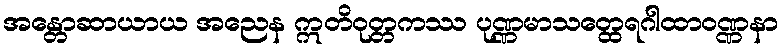
အန္တောဆာယာယ အညေန ဣတိဝုတ္တကဿ ပုဏ္ဏမာသတ္ထေရဂါထာဝဏ္ဏနာ